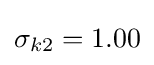
\sigma _{k2}=1.00